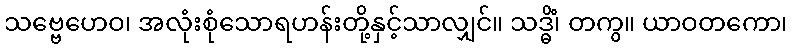
သဗ္ဗေဟေဝ၊ အလုံးစုံသောရဟန်းတို့နှင့်သာလျှင်။ သဒ္ဓိံ၊ တကွ။ ယာဝတကော၊